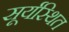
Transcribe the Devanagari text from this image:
सूर्यस्थित